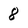
Character: 8